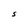
Character: S